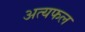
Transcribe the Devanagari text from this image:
अत्यफल